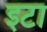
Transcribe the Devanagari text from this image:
इटा